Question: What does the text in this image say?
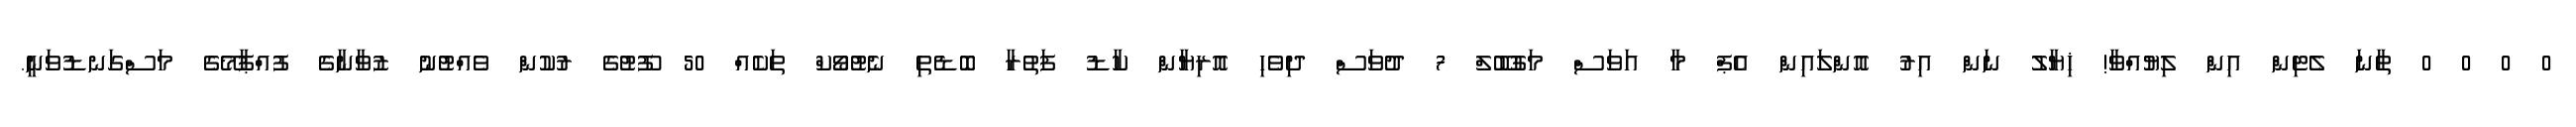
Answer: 0 0 0 0 ތާނަ ލެޓިން އިން ލިޔުއްވާ! ޚިޔާލު ނަން އިރު އޮންލައިން އެޕް މާ އަވަސް މަގުބޫލް 7 ދުވަސް ދިވެހި އޮރިޔާން ކާޑު ފަތުރާ ބޮޑެތި ނެޓުވޯކް ތަކެއް 50 ފޫޓުގެ ރުކުން ވެއްޓުނު ޒުވާނާގެ ފުއްޕާމޭގެ މަސްގަނޑުވަނީ.